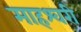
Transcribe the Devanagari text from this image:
माहश्वरी